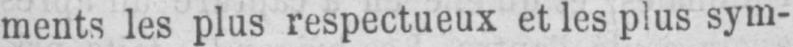
ments les plus respectueux et les plus sym-